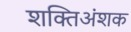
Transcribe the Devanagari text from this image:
शक्तिअंशक